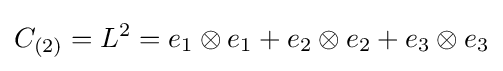
C_{(2)}=L^{2}=e_{1}\otimes e_{1}+e_{2}\otimes e_{2}+e_{3}\otimes e_{3}